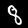
Label: 8